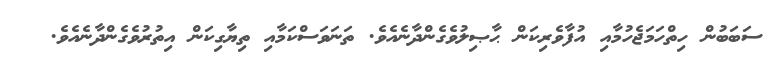
ސަބަބުން ހިތްހަމަޖެހުމާއި އުފާވެރިކަން ޙާޞިލުވެގެންދާނެއެވެ. ތަނަވަސްކަމާއި ތިޔާގިކަން އިތުރުވެގެންދާނެއެވެ.